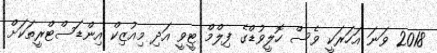
2018 ވަނަ އަހަރަކީ ވެސް ހޮލީވުޑްގެ ފިލްމް ޓީވީ އަދި މިއުޒިކް އިންޑަސްޓްރީތަކަށް